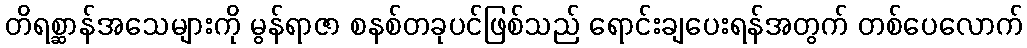
တိရစ္ဆာန်အသေများကို မွန်ရာဇာ စနစ်တခုပင်ဖြစ်သည် ရောင်းချပေးရန်အတွက် တစ်ပေလောက်